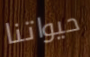
حيواتنا